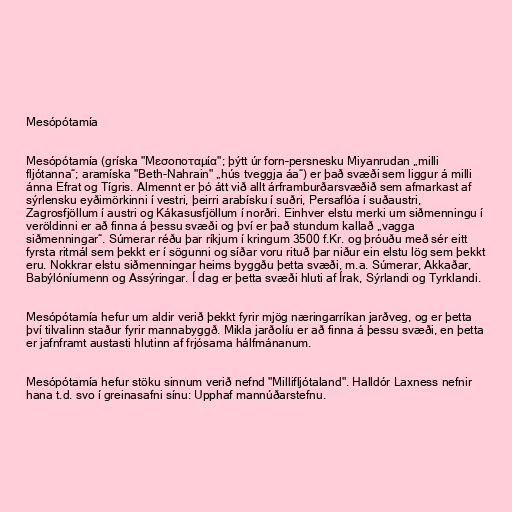
Mesópótamía

Mesópótamía (gríska "Μεσοποταμία"; þýtt úr forn–persnesku Miyanrudan „milli
fljótanna“; aramíska "Beth-Nahrain" „hús tveggja áa“) er það svæði sem liggur á milli
ánna Efrat og Tígris. Almennt er þó átt við allt árframburðarsvæðið sem afmarkast af
sýrlensku eyðimörkinni í vestri, þeirri arabísku í suðri, Persaflóa í suðaustri,
Zagrosfjöllum í austri og Kákasusfjöllum í norðri. Einhver elstu merki um siðmenningu í
veröldinni er að finna á þessu svæði og því er það stundum kallað „vagga
siðmenningar“. Súmerar réðu þar ríkjum í kringum 3500 f.Kr. og þróuðu með sér eitt
fyrsta ritmál sem þekkt er í sögunni og síðar voru rituð þar niður ein elstu lög sem þekkt
eru. Nokkrar elstu siðmenningar heims byggðu þetta svæði, m.a. Súmerar, Akkaðar,
Babýlóníumenn og Assýringar. Í dag er þetta svæði hluti af Írak, Sýrlandi og Tyrklandi.

Mesópótamía hefur um aldir verið þekkt fyrir mjög næringarríkan jarðveg, og er þetta
því tilvalinn staður fyrir mannabyggð. Mikla jarðolíu er að finna á þessu svæði, en þetta
er jafnframt austasti hlutinn af frjósama hálfmánanum.

Mesópótamía hefur stöku sinnum verið nefnd "Millifljótaland". Halldór Laxness nefnir
hana t.d. svo í greinasafni sínu: Upphaf mannúðarstefnu.